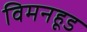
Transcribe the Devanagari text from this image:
विमनहूड